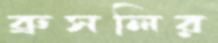
ব্রুসলির